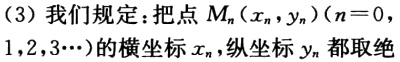
（3）我们规定：把点\(M_{n}(x_{n},y_{n})(n = 0,1,2,3\cdots)\)的横坐标\(x_{n}\)，纵坐标\(y_{n}\)都取绝